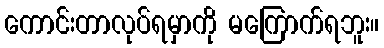
ကောင်းတာလုပ်ရမှာကို မကြောက်ရဘူး။